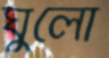
ঘুলো